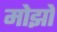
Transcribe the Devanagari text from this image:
मोझो